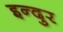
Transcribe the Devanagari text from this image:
इन्दुर